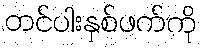
တင်ပါးနှစ်ဖက်ကို